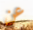
عن